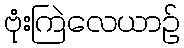
ဗုံးကြဲလေယာဉ်